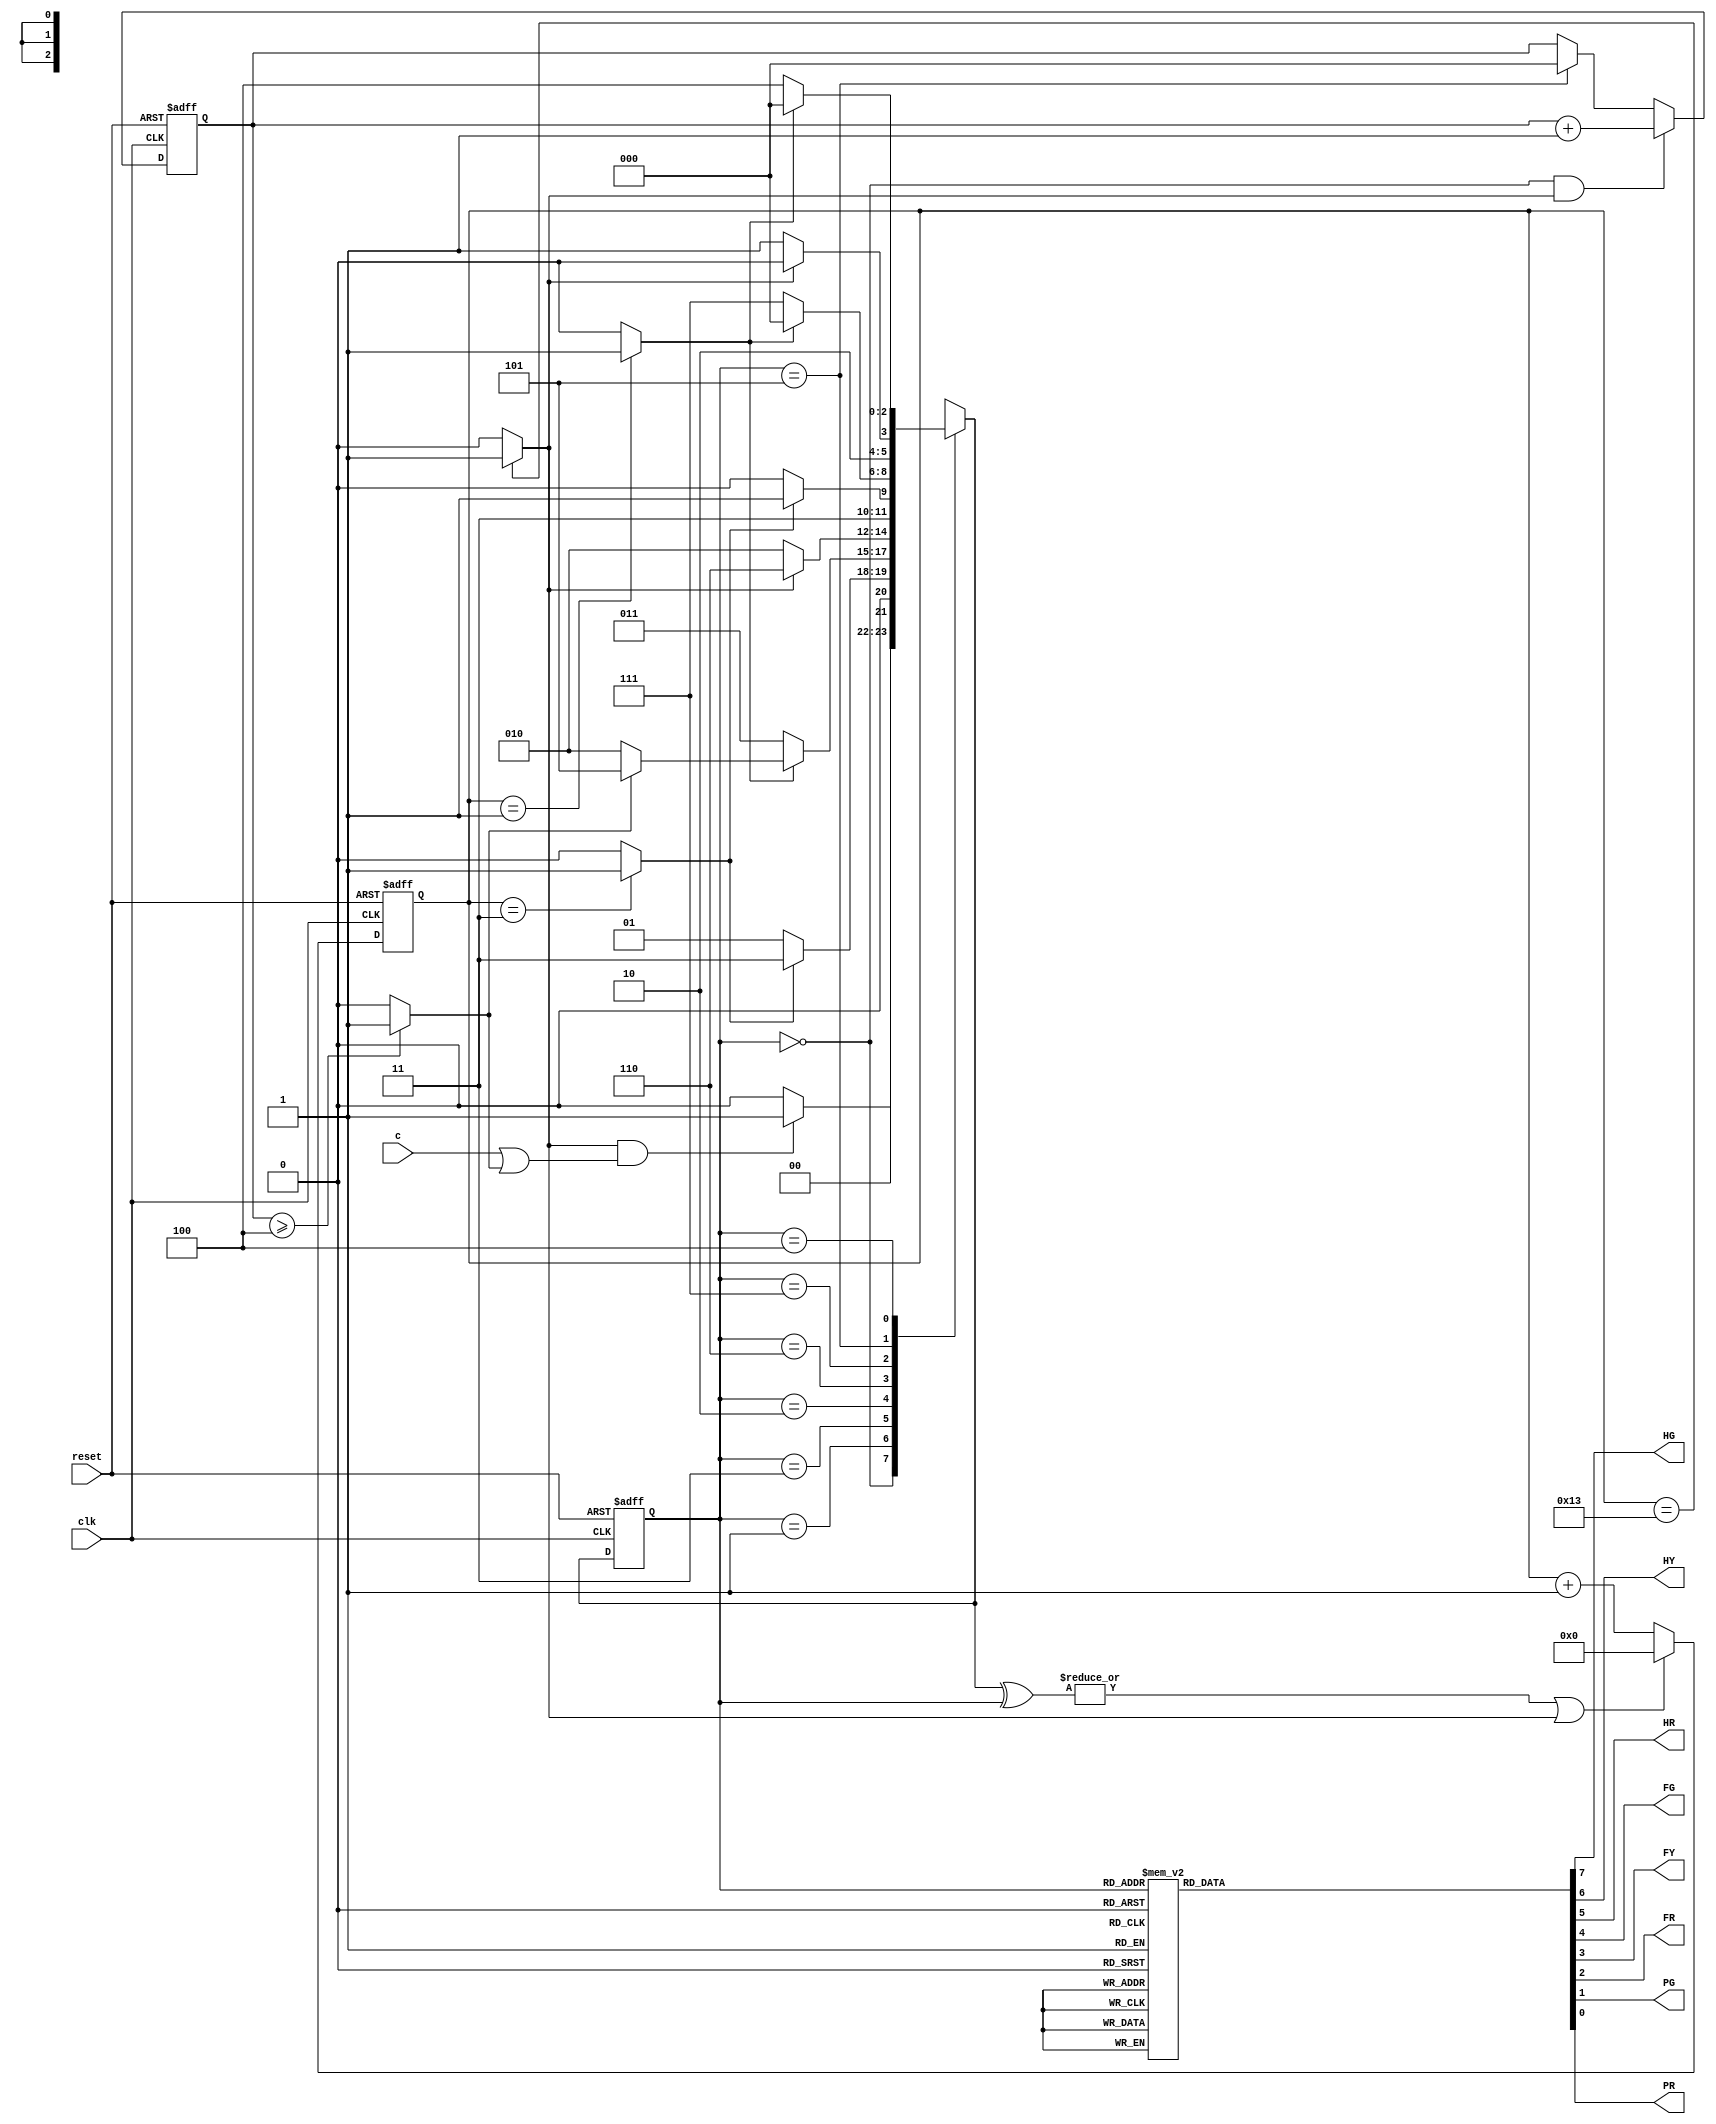

module traffic_light(
  input wire clk,
  input wire reset,
  input wire c,
  output reg HG,
  output reg HY,
  output reg HR,
  output reg FG,
  output reg FY,
  output reg FR,
  output reg PG,
  output reg PR
);



  parameter LONG_TIME           = 'd20;
  parameter MEDIUM_TIME         = 'd4;
  parameter SHORT_TIME          = 'd2;	
  parameter PEDESTRAIN_CHANSFER = 'd5;
  
  
  
  reg [2:0] state,next_state;
  reg [4:0] counter;
  
  reg [2:0] s0_times;
  reg p;


  reg TL,TM,TS;
  reg counter_clr;
  
  
  
  // State Define
  parameter S0 = 3'b000; // HG
  parameter S1 = 3'b001; // HY
  parameter S2 = 3'b011; // HR
  parameter S3 = 3'b010; // FG
  parameter S4 = 3'b110; // FY
  parameter S5 = 3'b111; // FR
  parameter S6 = 3'b101; // PG
  parameter S7 = 3'b100; // PR
  
  
  
  always@(posedge clk or posedge reset)begin :Finite_State_Machine 
    if(reset)begin
      state <= S0;
    end
    else begin
      state <= next_state;
    end
  end
  
  
  always@(*)begin:proc_next_state
    case(state)
      S0: next_state = (TL & (c|p)) ? S1 : S0 ;
      S1: next_state = (TM) ? S2 : S1 ;
      S2: begin
        if(TS)begin
           next_state = p ? S6 : S3;
        end
        else next_state = S2;
      end
      S3: next_state = (TL) ? S4 : S3 ;
      S4: next_state = (TM) ? S5 : S4 ;
      S5: next_state = (TS) ? S0 : S5 ;
      S6: next_state = (TL) ? S7 : S6 ;
      S7: next_state = (TS) ? S0 : S7 ;
  	endcase
  end
  
  always@(posedge clk or posedge reset)begin :proc_S0_Times
    if(reset)begin
      s0_times <= 0;
    end
    else begin
      if(state==S0 && TL) s0_times <= s0_times + 1;
      else if(state == S6) s0_times <= 0;
    end
  end
  always@(*)begin
    p = (s0_times >= (PEDESTRAIN_CHANSFER-1)) ? 1 : 0;
  end
  
  
  always@(*)begin
    case(state)
      S0: {HG,HY,HR,FG,FY,FR,PG,PR} = 9'b100_001_01;
      S1: {HG,HY,HR,FG,FY,FR,PG,PR} = 9'b010_001_01;
      S2: {HG,HY,HR,FG,FY,FR,PG,PR} = 9'b001_001_01;
      S3: {HG,HY,HR,FG,FY,FR,PG,PR} = 9'b001_100_01;
      S4: {HG,HY,HR,FG,FY,FR,PG,PR} = 9'b001_010_01;
      S5: {HG,HY,HR,FG,FY,FR,PG,PR} = 9'b001_001_01;
      S6: {HG,HY,HR,FG,FY,FR,PG,PR} = 9'b001_001_10;
      S7: {HG,HY,HR,FG,FY,FR,PG,PR} = 9'b001_001_01;
    endcase
  end
  
  
  
  
  
  
  always@(*)begin :proc_counter_clr
    counter_clr = |(next_state^state) || TL;
  end
  
  
  
  
  always@(posedge clk or posedge reset)begin :proc_counter
    if(reset)begin
      counter <= 0;
    end
    else begin
      if(counter_clr) counter <= 0;
      else counter <= counter + 1;
    end
  end

  always@(*)begin :counter_state
    TL = (counter == (LONG_TIME-1))   ? 1 : 0;
    TM = (counter == (MEDIUM_TIME-1)) ? 1 : 0;
    TS = (counter == (SHORT_TIME-1))  ? 1 : 0;
  end
  


	

endmodule